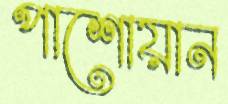
পাশোয়ান